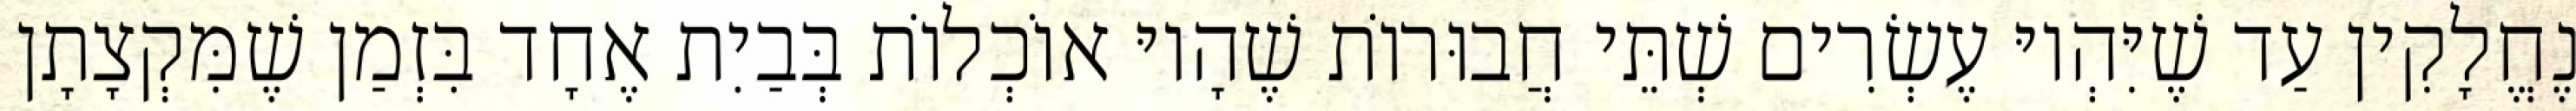
נֶחֱלָקִין עַד שֶׁיִּהְיוּ עֶשְׂרִים שְׁתֵּי חֲבוּרוֹת שֶׁהָיוּ אוֹכְלוֹת בְּבַיִת אֶחָד בִּזְמַן שֶׁמִּקְצָתָן